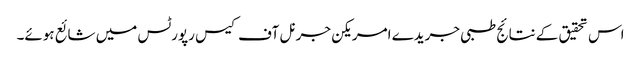
اس تحقیق کے نتائج طبی جریدے امریکن جرنل آف کیس رپورٹس میں شائع ہوئے۔